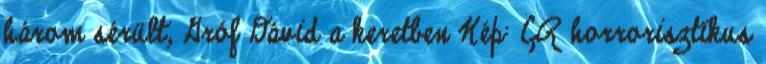
három sérült, Gróf Dávid a keretben Kép: CR horrorisztikus